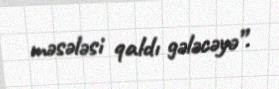
məsələsi qaldı gələcəyə”.